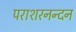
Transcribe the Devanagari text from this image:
पराशरनन्दन